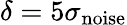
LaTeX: \delta=5\sigma_{\mathrm{noise}}